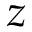
z